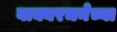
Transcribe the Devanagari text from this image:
वाक्यरचनेच्या